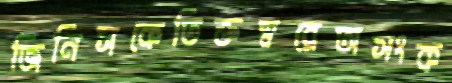
জিনিসকেতিক্তস্বরেঅসংক